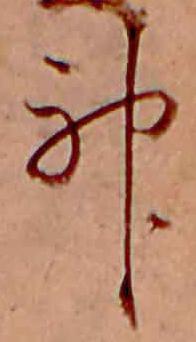
神